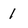
Character: 1